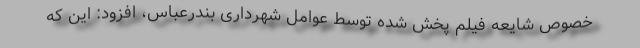
خصوص شایعه فیلم پخش شده توسط عوامل شهرداری بندرعباس، افزود: این که